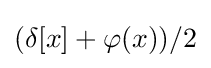
(\delta [x]+\varphi (x))/2